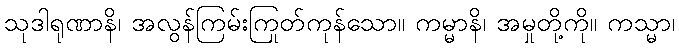
သုဒါရုဏာနိ၊ အလွန်ကြမ်းကြုတ်ကုန်သော။ ကမ္မာနိ၊ အမှုတို့ကို။ ကသ္မာ၊